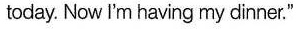
today. Now I'm having my dinner."